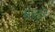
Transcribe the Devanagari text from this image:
पलटि